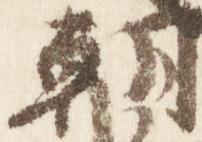
朝